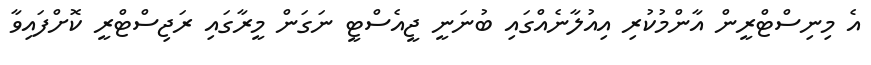
އެ މިނިސްޓްރީން އާންމުކުރި އިއުލާނެއްގައި ބުނަނީ ޖީއެސްޓީ ނަގަން މީރާގައި ރަޖިސްޓްރީ ކޮށްފައިވާ